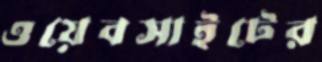
ওয়েবসাইটের